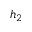
h _ { 2 }